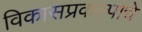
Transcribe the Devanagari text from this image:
विकासप्रकल्पाचे